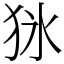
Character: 𤝣